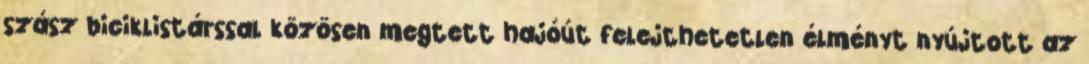
szász biciklistárssal közösen megtett hajóút felejthetetlen élményt nyújtott az